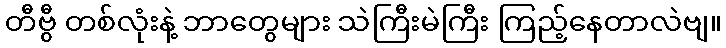
တီဗွီ တစ်လုံးနဲ့ ဘာတွေများ သဲကြီးမဲကြီး ကြည့်နေတာလဲဗျ။